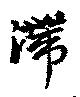
滞